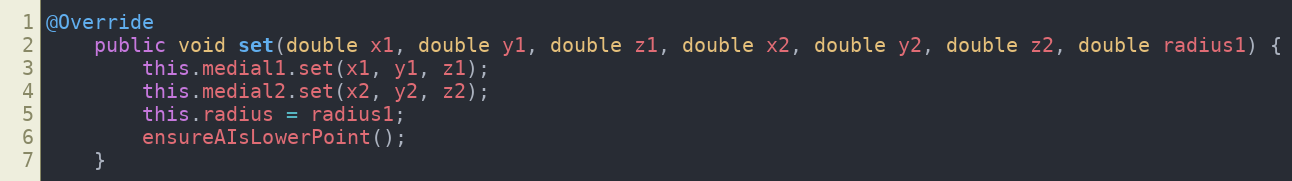
Language: Java
@Override
	public void set(double x1, double y1, double z1, double x2, double y2, double z2, double radius1) {
		this.medial1.set(x1, y1, z1);
		this.medial2.set(x2, y2, z2);
		this.radius = radius1;
		ensureAIsLowerPoint();
	}